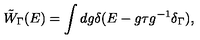
\tilde { W } _ { \Gamma } ( E ) = \int d g \delta ( E - g \tau g ^ { - 1 } \delta _ { \Gamma } ) ,